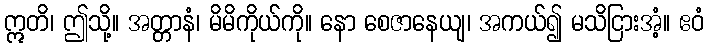
ဣတိ၊ ဤသို့။ အတ္တာနံ၊ မိမိကိုယ်ကို။ နော စေဇာနေယျ၊ အကယ်၍ မသိငြားအံ့။ ဧဝံ